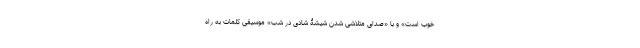
خوب است» و با «صدای متلاشی شدن شیشۀ شادی در شب» موسیقی کلمات به راه